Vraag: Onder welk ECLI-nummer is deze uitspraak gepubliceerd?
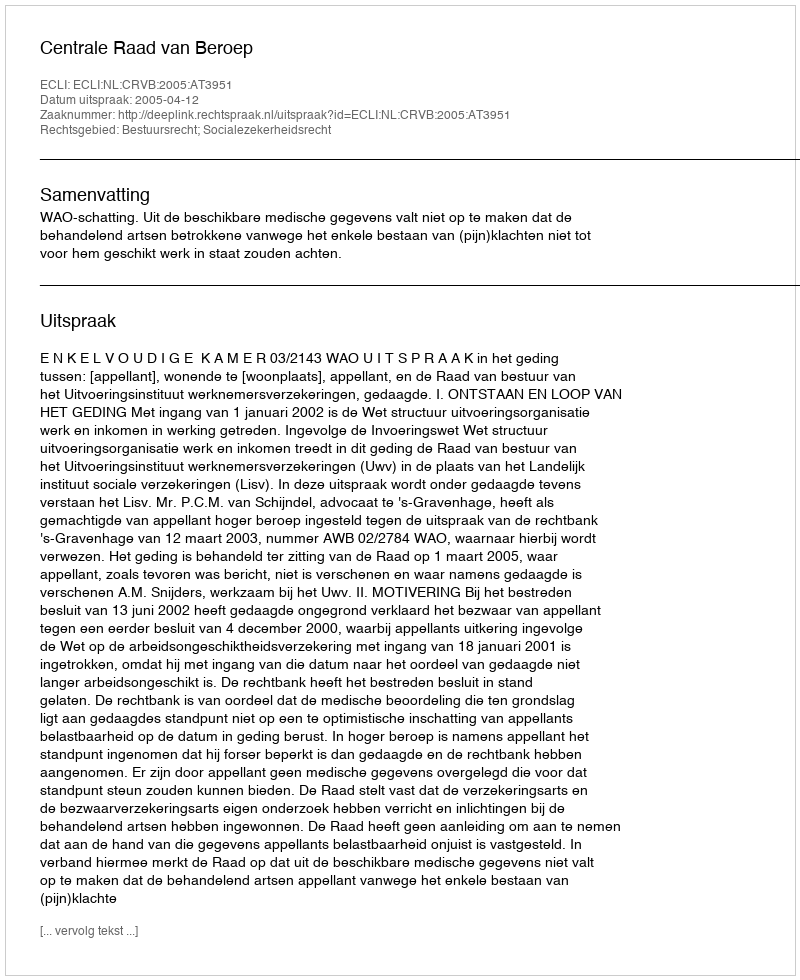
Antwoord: ECLI:NL:CRVB:2005:AT3951